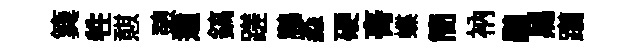
簨牲憇憩遒鎬蹉鵬淼硬𮌔蝶簡衲鵬舄躪